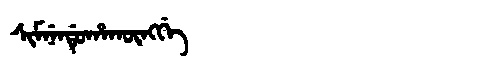
Manchu: ᠰᡳᠮᠨᡝᠨᡩᡠᡥᠠᡴᡡᠩᡤᡝ
Romanization: SIMNENDUHAKŪNGGE